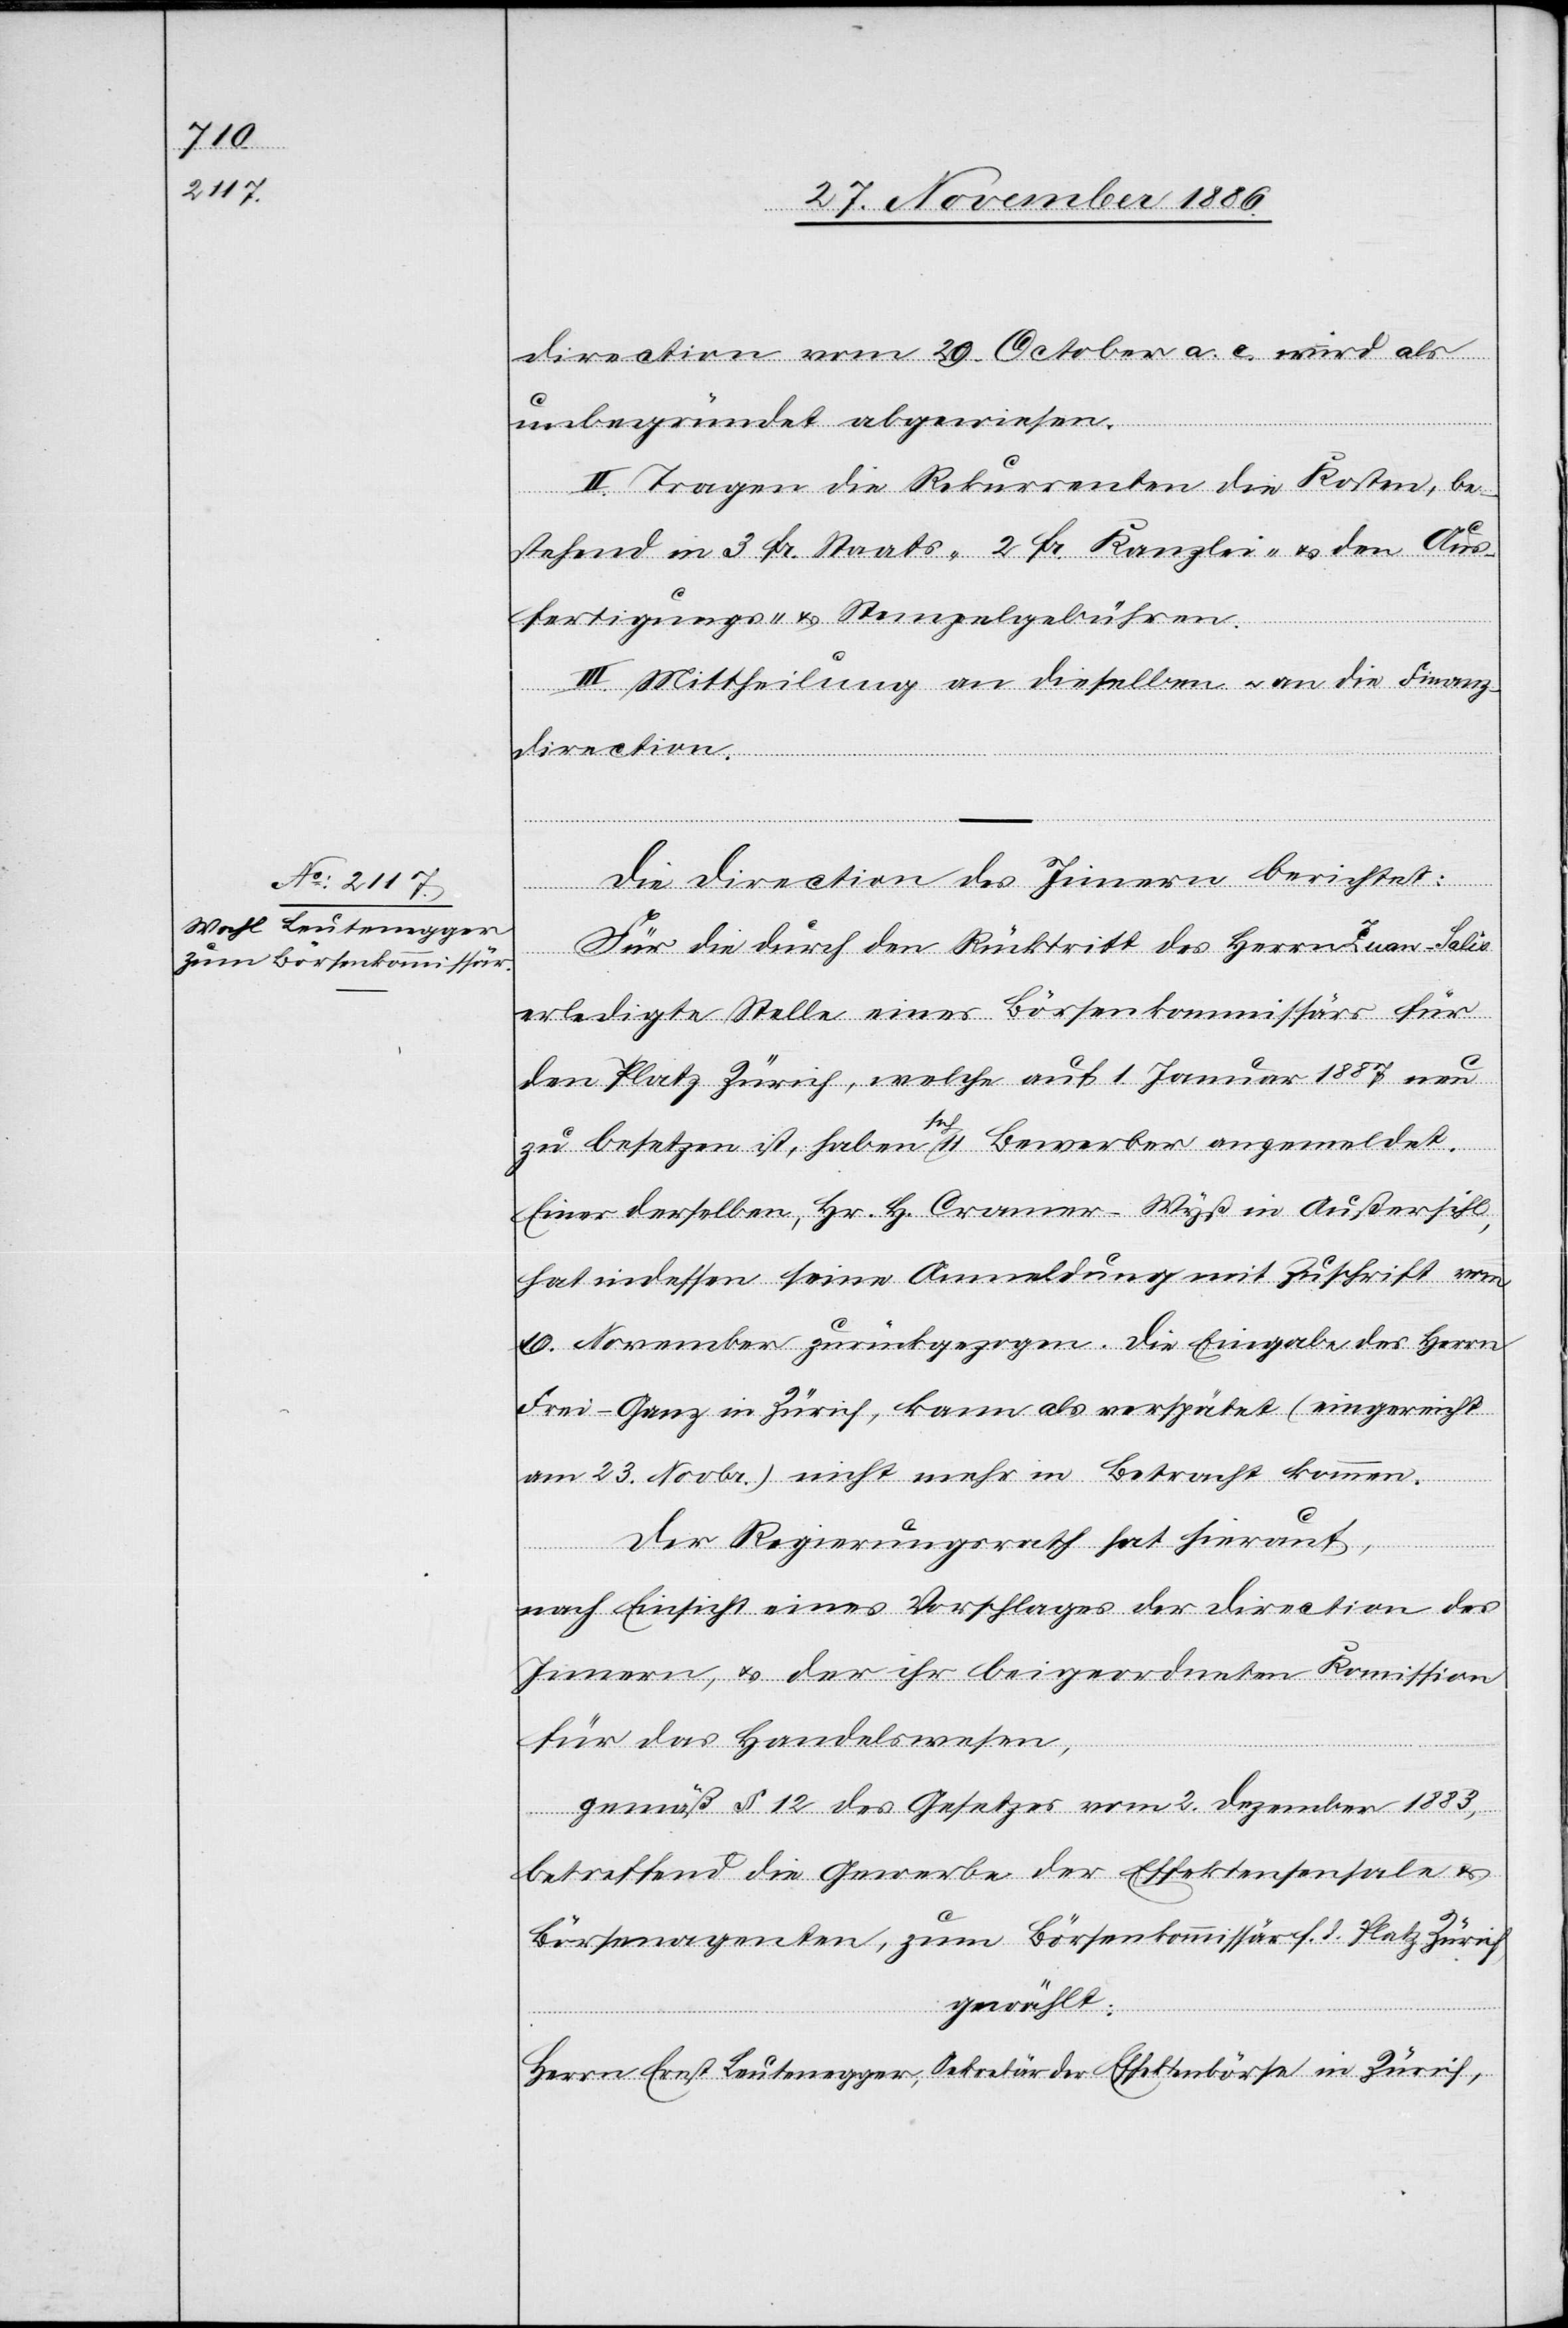
Die Direction des Innern berichtet:
Für die durch den Rücktritt des Herrn Zuan-Salis
erledigte Stelle eines Börsenkommissärs für
den Platz Zürich, welche auf 1. Januar 1887 neu
zu besetzen ist, haben sich 11 Bewerber angemeldet.
Einer derselben, Hr. H. Cramer-Wyß in Außersihl,
hat indessen seine Anmeldung mit Zuschrift vom
19. November zurückgezogen. Die Eingabe des Herrn
Frei-Ganz in Zürich, kann als verspätet (eingereicht
am 23. Novbr.) nicht mehr in Betracht kommen.
Der Regierungsrath hat hierauf,
nach Einsicht eines Vorschlages der Direction des
Innern, & der ihr beigeordneten Kommission
für das Handelswesen,
gemäß § 12 des Gesetzes vom 2. Dezember 1883,
betreffend die Gewerbe der Effektensensale &
Börsenagenten, zum Börsenkommissär f. d. Platz Zürich,
gewählt:
Herrn Ernst Leutenegger, Sekretär der Effektenbörse in Zürich,